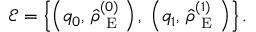
\mathcal { E } = \left\{ \left( q _ { 0 } , \, \hat { \rho } _ { \mathrm { ~ E ~ } } ^ { ( 0 ) } \right) , \; \left( q _ { 1 } , \, \hat { \rho } _ { \mathrm { ~ E ~ } } ^ { ( 1 ) } \right) \right\} .